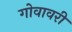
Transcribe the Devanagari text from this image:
गोवावरी